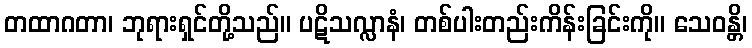
တထာဂတာ၊ ဘုရားရှင်တို့သည်။ ပဋိသလ္လာနံ၊ တစ်ပါးတည်းကိန်းခြင်းကို။ သေဝန္တိ၊